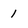
Character: 1